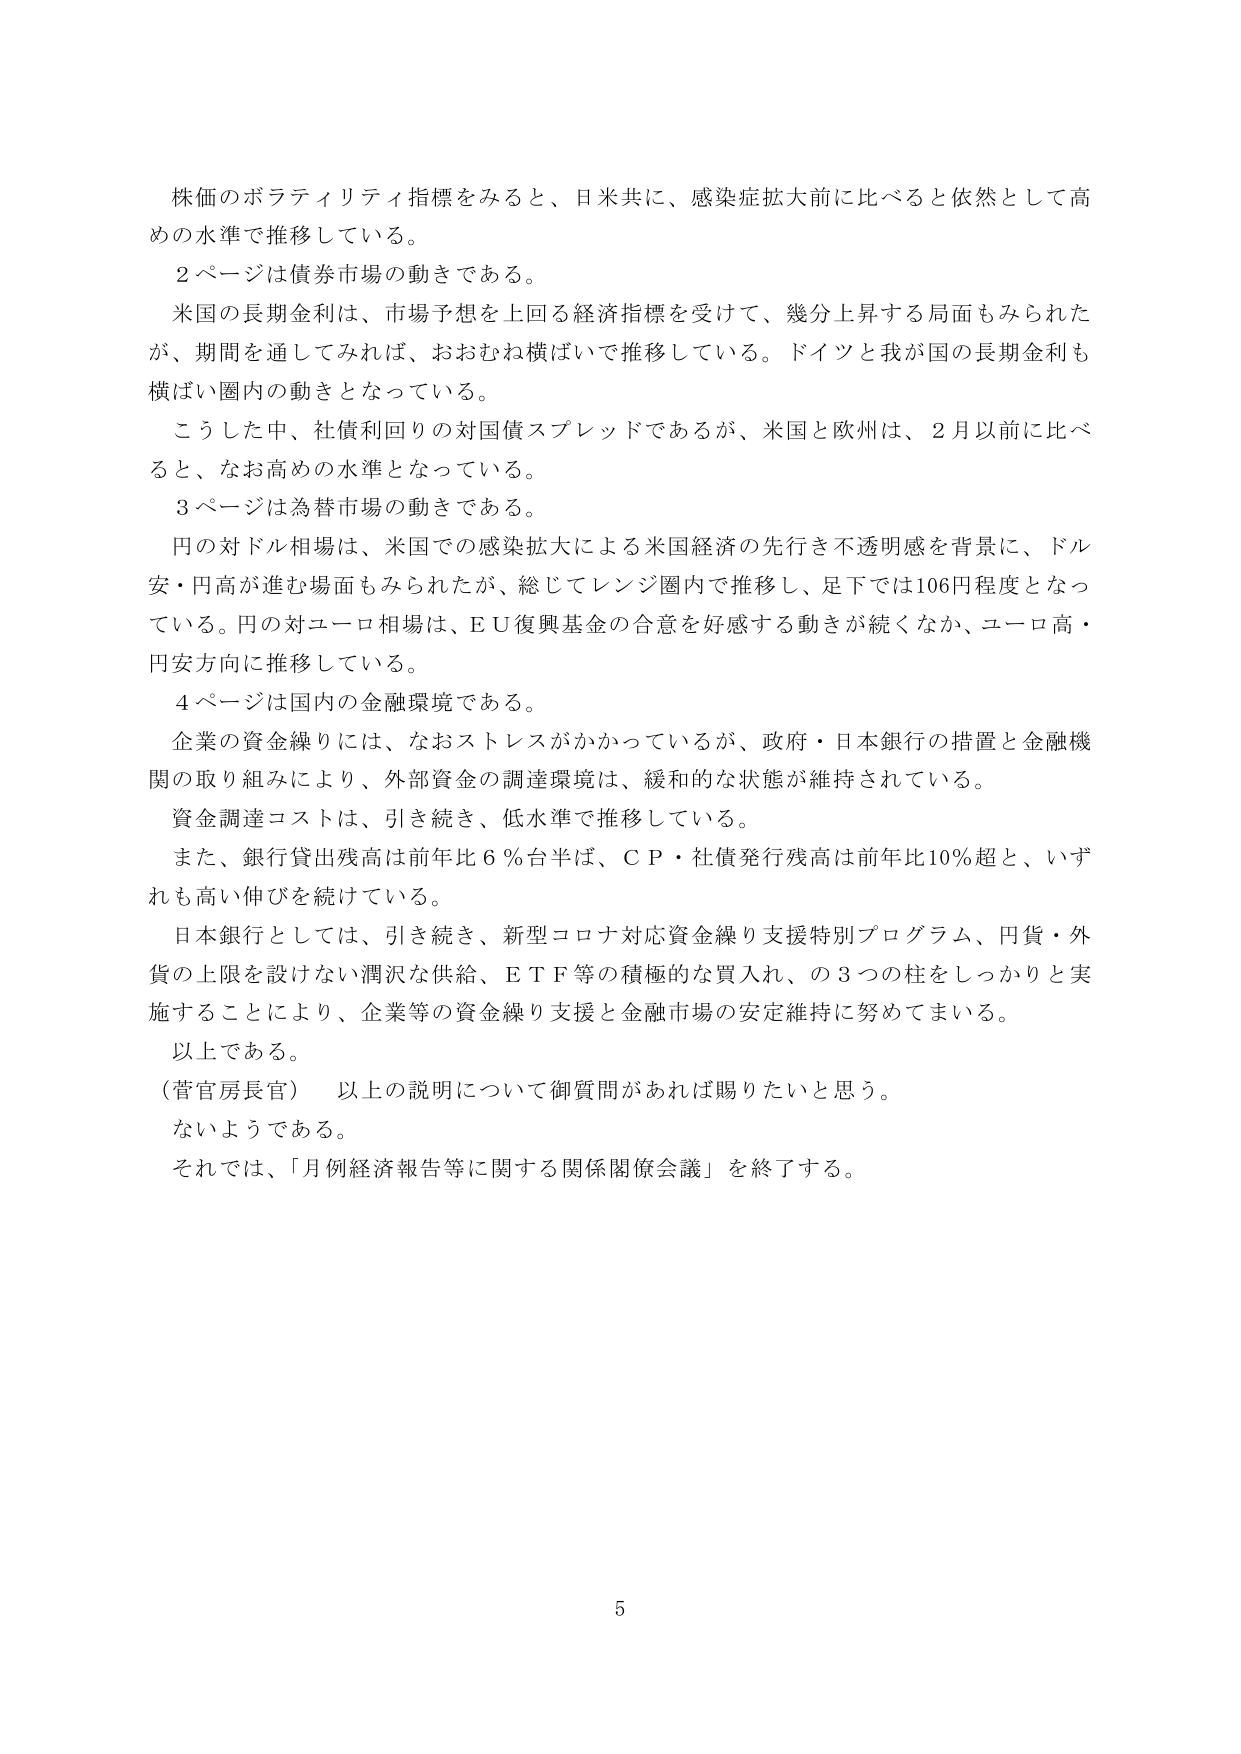
株価のボラティリティ指標をみると、日米共に、感染症拡大前に比べると依然として高めの水準で推移している。

２ページは債券市場の動きである。

米国の長期金利は、市場予想を上回る経済指標を受けて、幾分上昇する局面もみられたが、期間を通じてみれば、おおむね横ばいで推移している。ドイツと我が国の長期金利も横ばい圏内の動きとなっている。

こうした中、社債利回りの対国債スプレッドであるが、米国と欧州は、２月以前に比べると、なお高めの水準となっている。

３ページは為替市場の動きである。

円の対ドル相場は、米国での感染拡大による米国経済の先行き不透明感を背景に、ドル安・円高が進む場面もみられたが、総じてレンジ圏内で推移し、足下では106円程度となっている。円の対ユーロ相場は、ＥＵ復興基金の合意を好感触する動きが続くなか、ユーロ高・円安方向に推移している。

４ページは国内の金融環境である。

企業の資金繰りには、なおストレスがかかっているが、政府・日本銀行の措置と金融機関の取り組みにより、外部資金の調達環境は、緩和的な状態が維持されている。

資金調達コストは、引き続き、低水準で推移している。

また、銀行貸出残高は前年比６％台半ば、ＣＰ・社債発行残高は前年比10％超と、いずれも高い伸びを続けている。

日本銀行としては、引き続き、新型コロナ対応資金繰り支援特別プログラム、円貨・外貨の上限を設けない潤沢な供給、ＥＴＦ等の積極的な買入れ、の３つの柱をしっかりと実施することにより、企業等の資金繰り支援と金融市場の安定維持に努めてまいる。

以上である。

（菅官房長官） 以上の説明について御質問があれば賜りたいと思う。

ないようである。

それでは、「月例経済報告等に関する関係閣僚会議」を終了する。

5